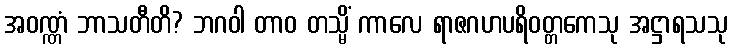
အဝဏ္ဏံ ဘာသတီတိ? ဘဂဝါ တာဝ တသ္မိံ ကာလေ ရာဇဂဟပရိဝတ္တကေသု အဋ္ဌာရသသု